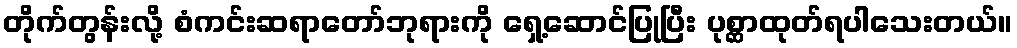
တိုက်တွန်းလို့ စံကင်းဆရာတော်ဘုရားကို ရှေ့ဆောင်ပြုပြီး ပုစ္ဆာထုတ်ရပါသေးတယ်။